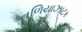
તળિયાઝાટક